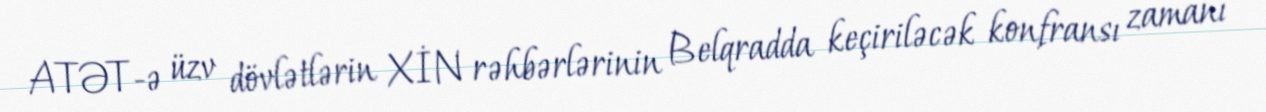
ATƏT-ə üzv dövlətlərin XİN rəhbərlərinin Belqradda keçiriləcək konfransı zamanı